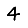
Digit: 4